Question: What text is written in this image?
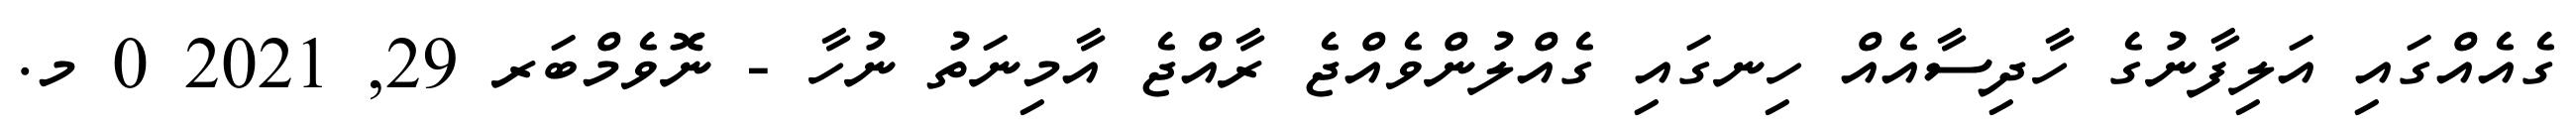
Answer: ގެއެއްގައި އަލިފާނުގެ ހާދިސާއެއް ހިނގައި ގެއްލުންވެއްޖެ ރާއްޖެ އާމިނަތު ނުހާ - ނޮވެމްބަރ 29, 2021 0 މ.